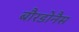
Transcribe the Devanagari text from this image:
बौरडोनैस